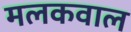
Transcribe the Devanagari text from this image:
मलकवाल